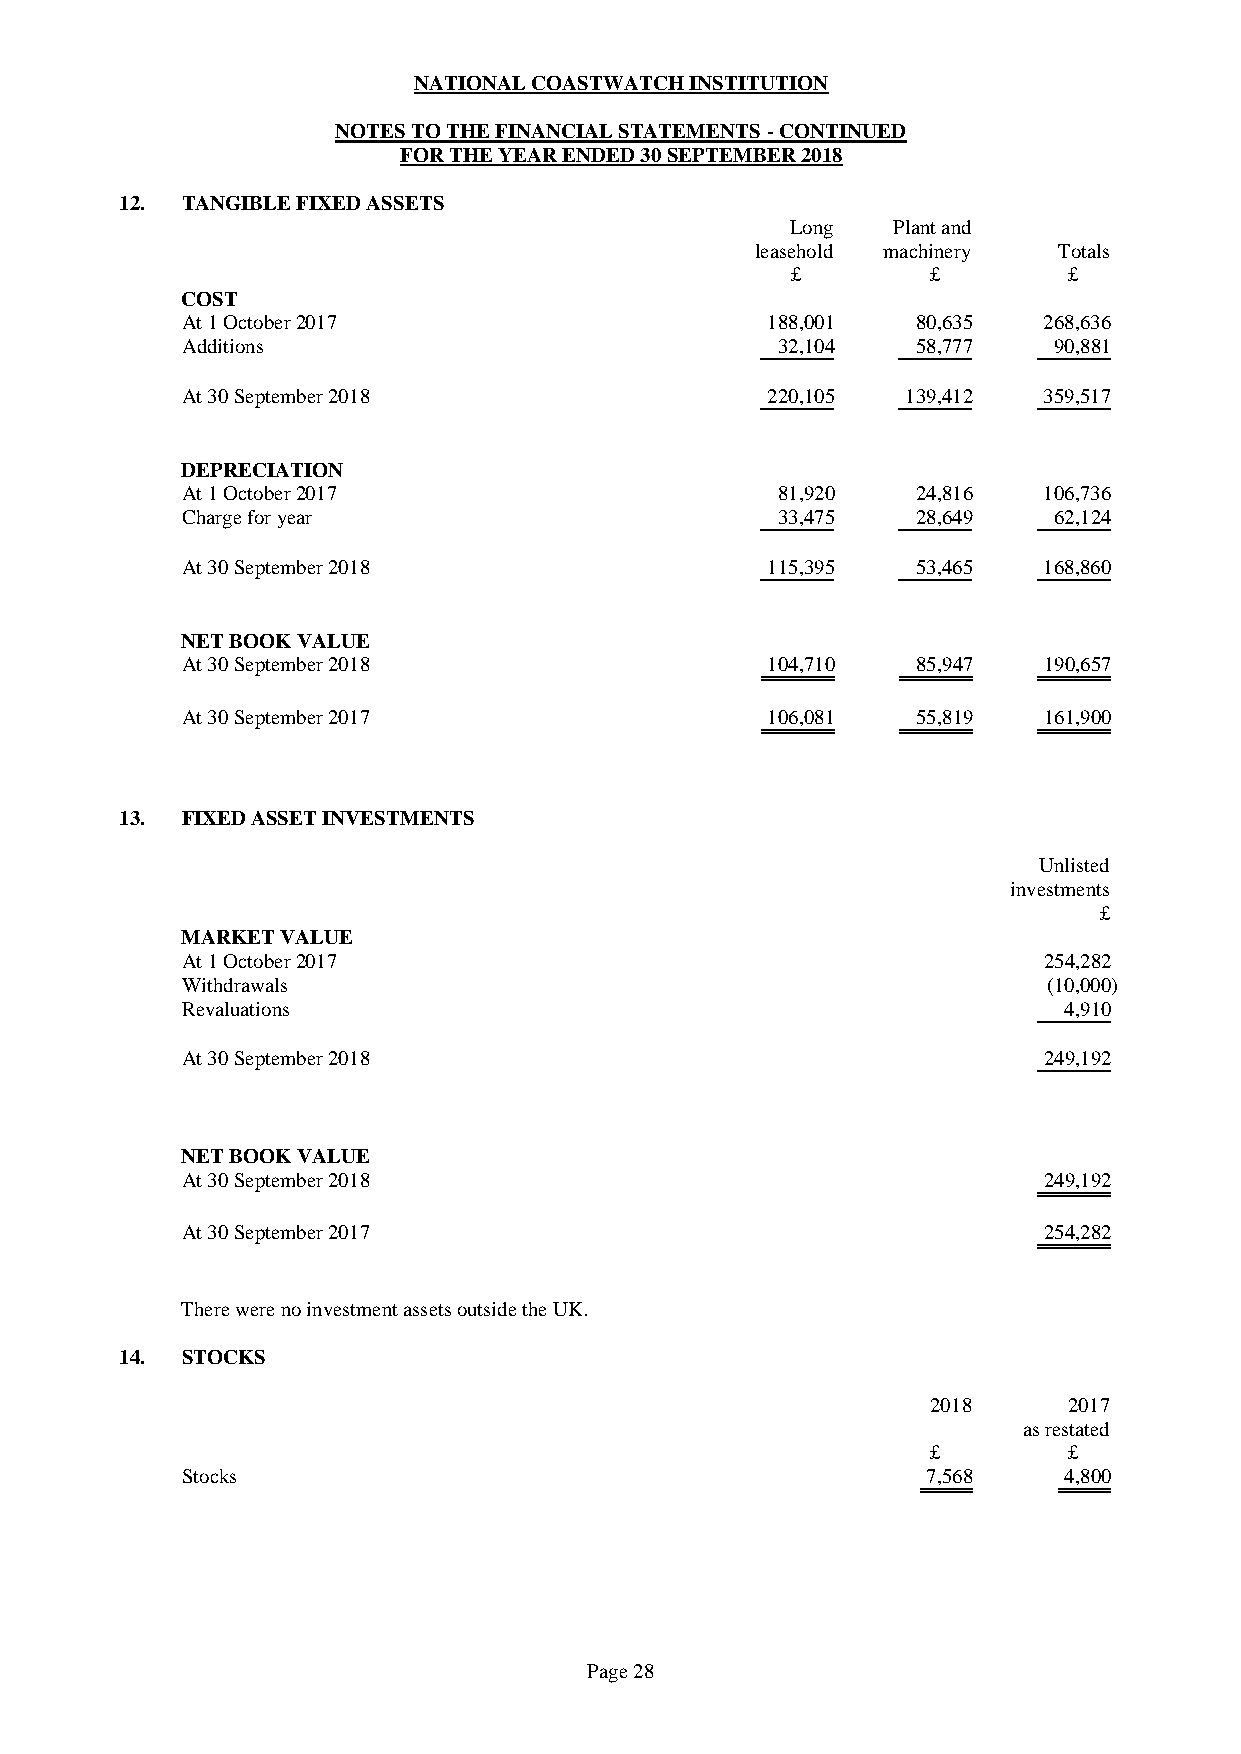
NATIONAL COASTWATCH INSTITUTION
 NOTES TO THE FINANCIAL STATEMENTS - CONTINUED
 FOR THE YEAR ENDED 30 SEPTEMBER 2018
 12. TANGIBLE FIXED ASSETS
 Long   Plant and
 leasehold machinery Totals
 £         £        £
 COST
 At 1 October 2017                      188,001   80,635  268,636
 Additions                              32,104    58,777   90,881
 At 30 September 2018                   220,105  139,412  359,517
 DEPRECIATION
 At 1 October 2017                      81,920    24,816  106,736
 Charge for year                        33,475    28,649   62,124
 At 30 September 2018                   115,395   53,465  168,860
 NET BOOK VALUE
 At 30 September 2018                   104,710   85,947  190,657
 At 30 September 2017                   106,081   55,819  161,900
 13. FIXED ASSET INVESTMENTS
 Unlisted
 investments
 £
 MARKET VALUE
 At 1 October 2017                                        254,282
 Withdrawals                                              (10,000)
 Revaluations                                              4,910
 At 30 September 2018                                     249,192
 NET BOOK VALUE
 At 30 September 2018                                     249,192
 At 30 September 2017                                     254,282
 There were no investment assets outside the UK.
 14. STOCKS
 2018     2017
 as restated
 £        £
 Stocks                                           7,568    4,800
 Page 28